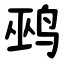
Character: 鹀